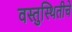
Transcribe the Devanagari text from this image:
वस्तुस्थितीचे